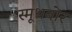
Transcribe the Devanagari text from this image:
स्मूथबोर